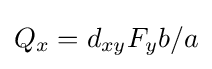
Q_{x}=d_{xy}F_{y}b/a